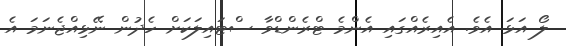
ލޯ އަޅަ އެވެ. އެއިރެއްގައި އެންމެ ޓްރެންޑްވާ ސްޓައިލަކަށް ހެދުން ނޭޅިއްޖެނަމަ އެ